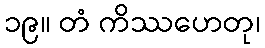
၁၉။ တံ ကိဿဟေတု၊